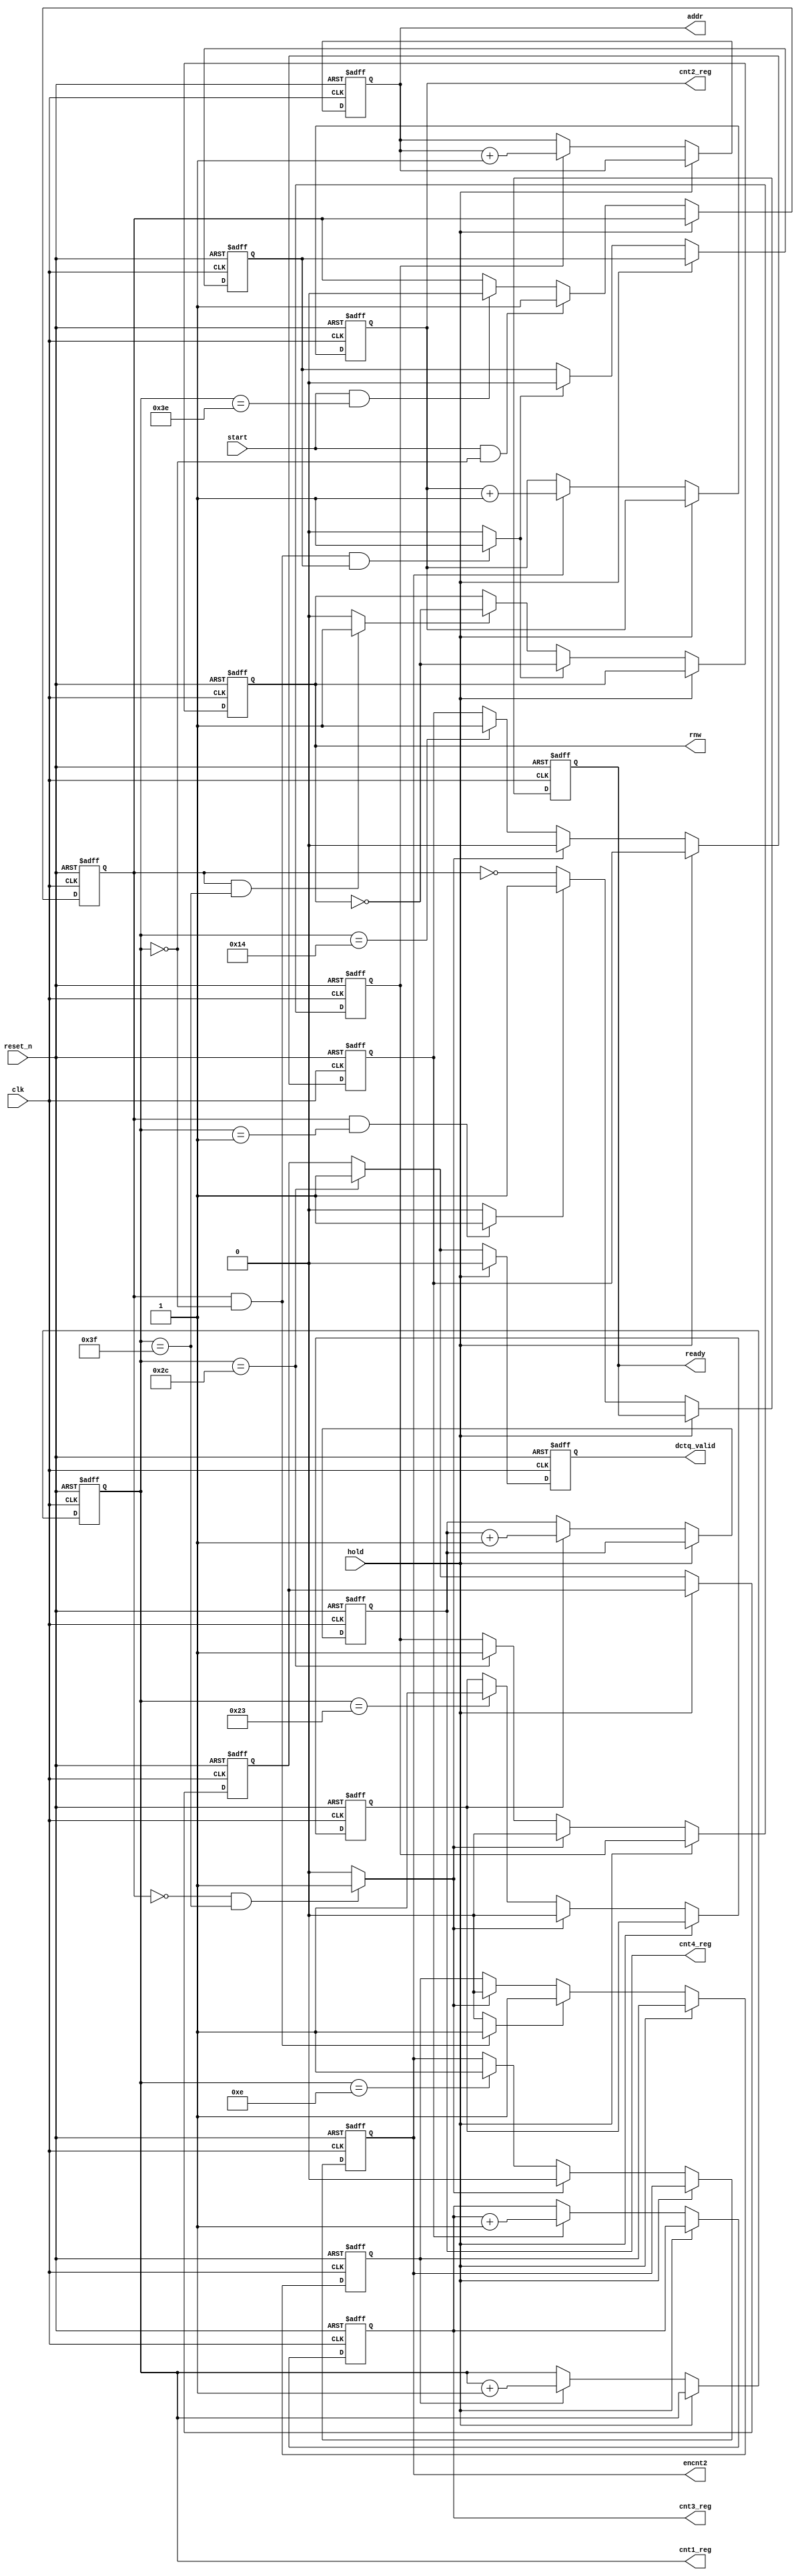
module dctq_controller (
    input clk,          // Clock input
    input reset_n,      // Active-low reset input
    input start,        // Start signal to initiate computation
    input hold,         // Hold signal to pause computation
    output reg ready,   // Ready signal indicating readiness for processing
    output reg rnw,     // Read/Write signal for memory access
    output reg dctq_valid, // Valid signal indicating valid DCTQ output
    output reg encnt2, // Counter enable signal for cnt2
    output reg [5:0] cnt1_reg, // Counter for stage 1
    output reg [2:0] cnt2_reg, // Counter for stage 2
    output reg [2:0] cnt3_reg, // Counter for stage 3
    output reg [5:0] cnt4_reg, // Counter for stage 4
    output reg [5:0] addr   // Memory address signal
);

// Internal signals and registers
reg dctq_valid_prev;
reg start_reg1;         // Internal register for start signal
reg cnt_0;        // Internal counter for initial stage
reg [5:0] cnt1_next, cnt4_next, cnt5_next; // Next stage counters
reg [2:0] cnt2_next, cnt3_next;
reg encnt1, encnt3, encnt4, encnt5; // Counter enable signals
reg encnt1_next, discnt1_next; // Next stage enable signals
wire swrnw1, swrnw2, swon_ready;
wire start_next1;


// Counter enable and next stage logic
assign cnt1_next = cnt1_reg + 1; // Increment counters in advance
assign cnt2_next = cnt2_reg + 1;
assign cnt3_next = cnt3_reg + 1;
assign cnt4_next = cnt4_reg + 1;
assign cnt5_next = addr + 1;
assign encnt1_next = ((start_reg1 == 1'b1) && (cnt1_reg == 0)) ? 1'b1 : 1'b0;
assign discnt1_next = ((start_reg1 == 1'b0) && (cnt1_reg == 6'd63)) ? 1'b1 : 1'b0;

// Counter enable generation
always @ (posedge clk or negedge reset_n) begin
    if (reset_n == 1'b0)
        encnt1 <= 1'b0;
    else if (hold == 1'b1)
        encnt1 <= encnt1;
    else if (encnt1_next == 1'b1)
        encnt1 <= 1'b1;
    else if (discnt1_next == 1'b1)
        encnt1 <= 1'b0;
    else
        encnt1 <= encnt1;
end

always @ (posedge clk or negedge reset_n) begin
    if (reset_n == 1'b0)
        encnt2 <= 1'b0;
    else if (hold == 1'b1)
        encnt2 <= encnt2;
    else if (discnt1_next == 1'b1)
        encnt2 <= 1'b0;
    else if (cnt1_reg == 6'd14)
        encnt2 <= 1'b1;
    else
        encnt2 <= encnt2;
end

always @ (posedge clk or negedge reset_n) begin
    if (reset_n == 1'b0)
        encnt3 <= 1'b0;
    else if (hold == 1'b1)
        encnt3 <= encnt3;
    else if (discnt1_next == 1'b1)
        encnt3 <= 1'b0;
    else if (cnt1_reg == 6'd20)
        encnt3 <= 1'b1;
    else
        encnt3 <= encnt3;
end

always @ (posedge clk or negedge reset_n) begin
    if (reset_n == 1'b0)
        encnt4 <= 1'b0;
    else if (hold == 1'b1)
        encnt4 <= encnt4;
    else if (discnt1_next == 1'b1)
        encnt4 <= 1'b0;
    else if (cnt1_reg == 6'd35)
        encnt4 <= 1'b1;
    else
        encnt4 <= encnt4;
end

always @ (posedge clk or negedge reset_n) begin
    if (reset_n == 1'b0)
        encnt5 <= 1'b0;
    else if (hold == 1'b1)
        encnt5 <= encnt5;
    else if (discnt1_next == 1'b1)
        encnt5 <= 1'b0;
    else if (cnt1_reg == 6'd44)
        encnt5 <= 1'b1;
    else
        encnt5 <= encnt5;
end

// Counter realization
always @ (posedge clk or negedge reset_n) begin
    if (reset_n == 1'b0)
        cnt1_reg <= 6'd00;
    else if (hold == 1'b1)
        cnt1_reg <= cnt1_reg;
    else if (encnt1 == 1'b1)
        cnt1_reg <= cnt1_next;
    else
        cnt1_reg <= cnt1_reg;
end

always @ (posedge clk or negedge reset_n) begin
    if (reset_n == 1'b0)
        cnt2_reg <= 6'd00;
    else if (hold == 1'b1)
        cnt2_reg <= cnt2_reg;
    else if (encnt2 == 1'b1)
        cnt2_reg <= cnt2_next;
    else
        cnt2_reg <= cnt2_reg;
end

always @ (posedge clk or negedge reset_n) begin
    if (reset_n == 1'b0)
        cnt3_reg <= 6'd00;
    else if (hold == 1'b1)
        cnt3_reg <= cnt3_reg;
    else if (encnt3 == 1'b1)
        cnt3_reg <= cnt3_next;
    else
        cnt3_reg <= cnt3_reg;
end

always @ (posedge clk or negedge reset_n) begin
    if (reset_n == 1'b0)
        cnt4_reg <= 6'd00;
    else if (hold == 1'b1)
        cnt4_reg <= cnt4_reg;
    else if (encnt4 == 1'b1)
        cnt4_reg <= cnt4_next;
    else
        cnt4_reg <= cnt4_reg;
end

always @ (posedge clk or negedge reset_n) begin
    if (reset_n == 1'b0)
        addr <= 6'd00;
    else if (hold == 1'b1)
        addr <= addr;
    else if (encnt5 == 1'b1)
        addr <= cnt5_next;
    else
        addr <= addr;
end

// Read/Write control logic
assign swrnw1 = ((start_reg1 == 1'b1) && (cnt1_reg == 0) && (cnt_0 == 1'b1)) ? 1'b1 : 1'b0; // Toggle after the first block of RAM is written
assign swrnw2 = ((start_reg1 == 1'b1) && (cnt1_reg == 6'd63)) ? 1'b1 : 1'b0; // Toggle after every DCTQ block is processed

always @ (posedge clk or negedge reset_n) begin
    if (reset_n == 1'b0) begin
        cnt_0 <= 1'b1;
        rnw <= 1'b1;
    end
    else if (hold == 1'b1)
        rnw <= rnw;
    else if (swrnw1) begin 
        cnt_0 <= 1'b0;
        rnw <= !rnw;
    end
    else if (swrnw2)
        rnw <= !rnw;
    else
        rnw <= rnw;
end

assign swon_ready = ((start_reg1 == 1'b1) && (cnt1_reg == 6'd01)) ? 1'b1 : 1'b0;

always @ (posedge clk or negedge reset_n) begin
    if (reset_n == 1'b0)
        ready <= 1'b1;
    else if (hold == 1'b1)
        ready <= ready;
    else if (swon_ready)
        ready <= 1'b1;
    else
        ready <= !start_reg1;
end

// DCTQ valid signal
always @ (posedge clk or negedge reset_n) begin
    if (reset_n == 1'b0) begin
        dctq_valid_prev <= 1'b0;
        dctq_valid <= 1'b0;
    end
    else if (hold == 1'b1) begin
        dctq_valid <= 1'b0;
    end
    else if (cnt1_reg == 6'd44) begin
        dctq_valid <= 1'b1;
        dctq_valid_prev <= 1'b1;
    end
    else if (hold == 1'b0) begin
        dctq_valid <= dctq_valid_prev;
    end
    else
        dctq_valid <= dctq_valid;
end

// Start signal control
assign start_next1 = (start == 1'b1) && (cnt1_reg == 0);

always @ (posedge clk or negedge reset_n) begin
    if (reset_n == 1'b0)
        start_reg1 <= 1'b0;
    else if (hold == 1'b1)
        start_reg1 <= start_reg1;
    else if (start_next1)
        start_reg1 <= 1'b1;
    else if ((!start == 1'b0) && (cnt1_reg == 6'd62))
        start_reg1 <= 1'b0;
    else
        start_reg1 <= start_reg1;
end

endmodule